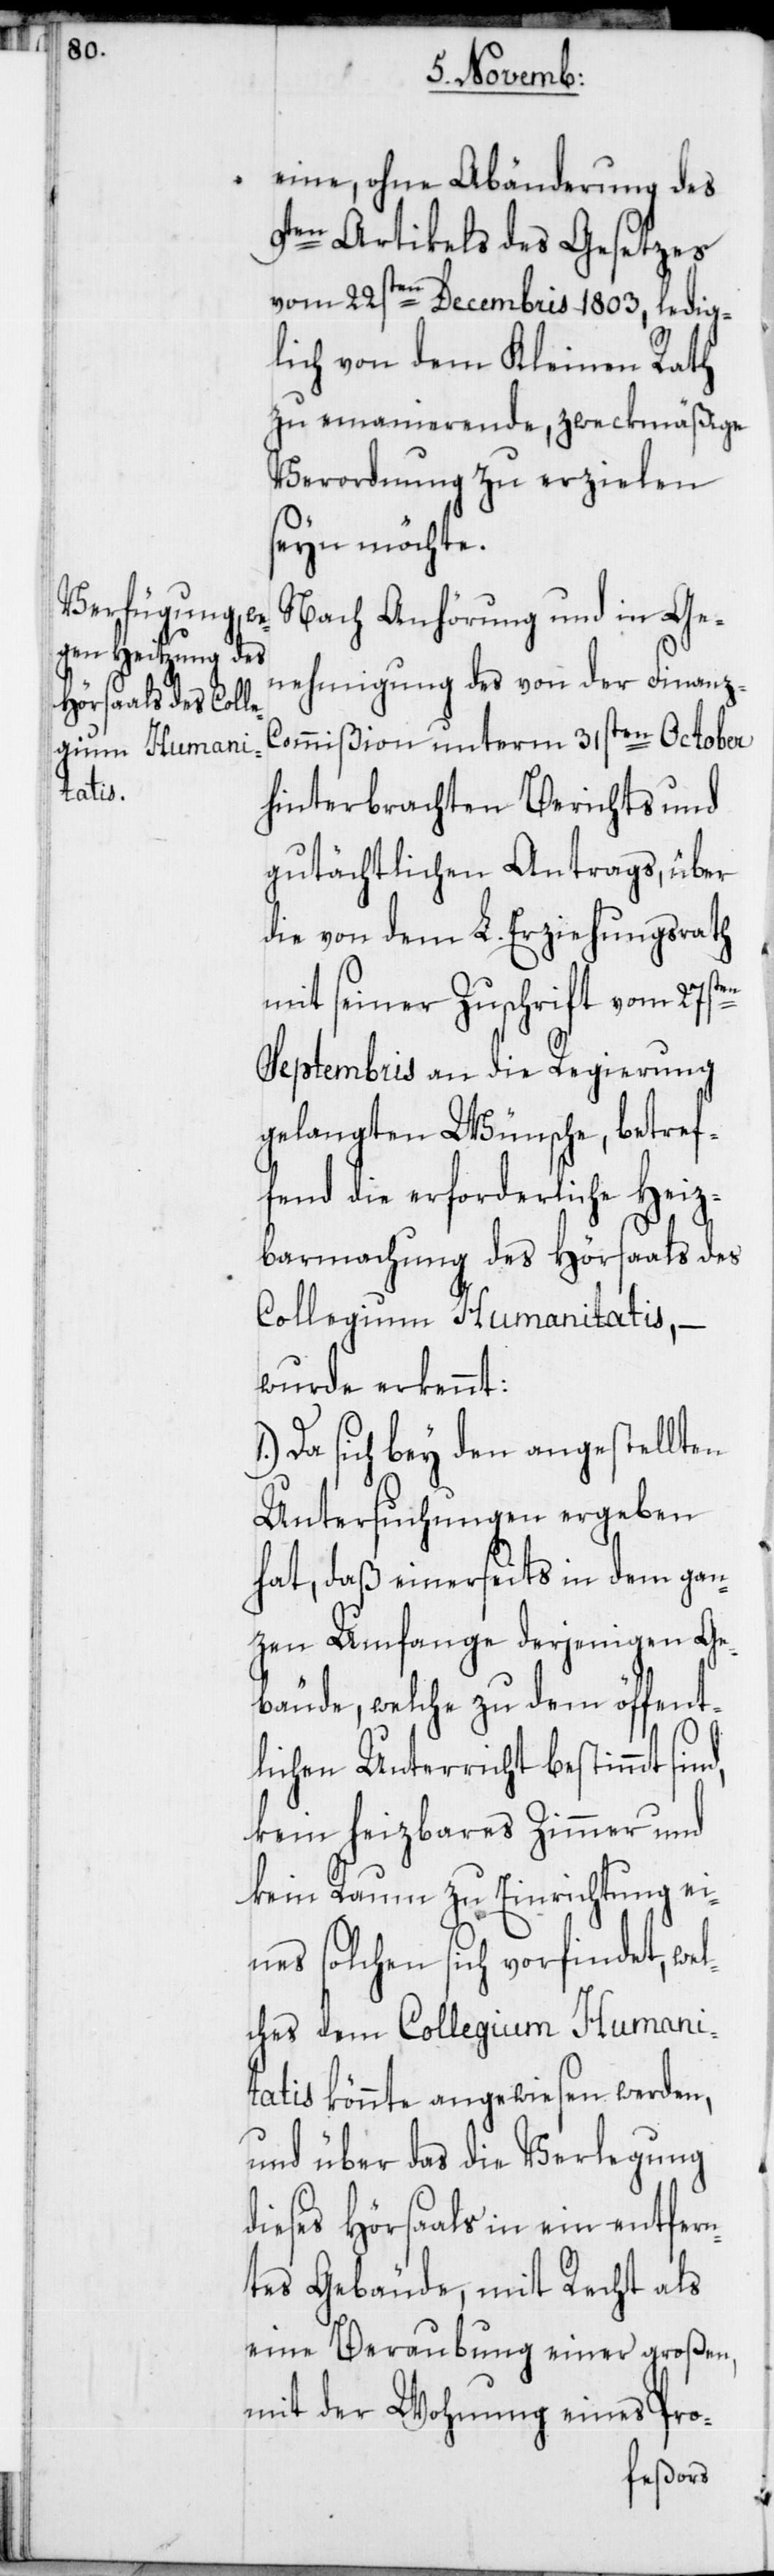
eine, ohne Abänderung des
9ten Artikels des Gesetzes
vom 22sten Decembris 1803, ledig¬
lich von dem Kleinen Rath
zu emanierende, zweckmäßige
Verordnung zu erzielen
seyn möchte.
Nach Anhörung und in Ge¬
nehmigung des von der Finanz-C¬
ommißion unterm 31sten October
hinterbrachten Berichts und
gutächtlichen Antrags, über
die von dem L. Erziehungsrath
mit seiner Zuschrift vom 27sten
Septembris an die Regierung
gelangten Wünsche, betref¬
fend die erforderliche Heiz¬
barmachung des Hörsaals des
Collegium Humanitatis, –
wurde erkennt:
Da sich bey den angestellten
Untersuchungen ergeben
hat, daß einerseits in dem gan¬
zen Umfange derjenigen Ge¬
bäude, welche zu dem öffent¬
t¬
lichen Unterricht bestimmt sind,
kein heizbares Zimmer und
kein Raum zu Einrichtung ei¬
nes solchen sich vorfindet, wel¬
ches dem Collegium Humani¬
tatis könnte angewiesen werden,
und über das die Verlegung
dieses Hörsaals in ein entfern¬
eres Gebäude, mit Recht als
eine Beraubung einer großen,
mit der Wohnung eines Pro-